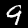
Digit: 9